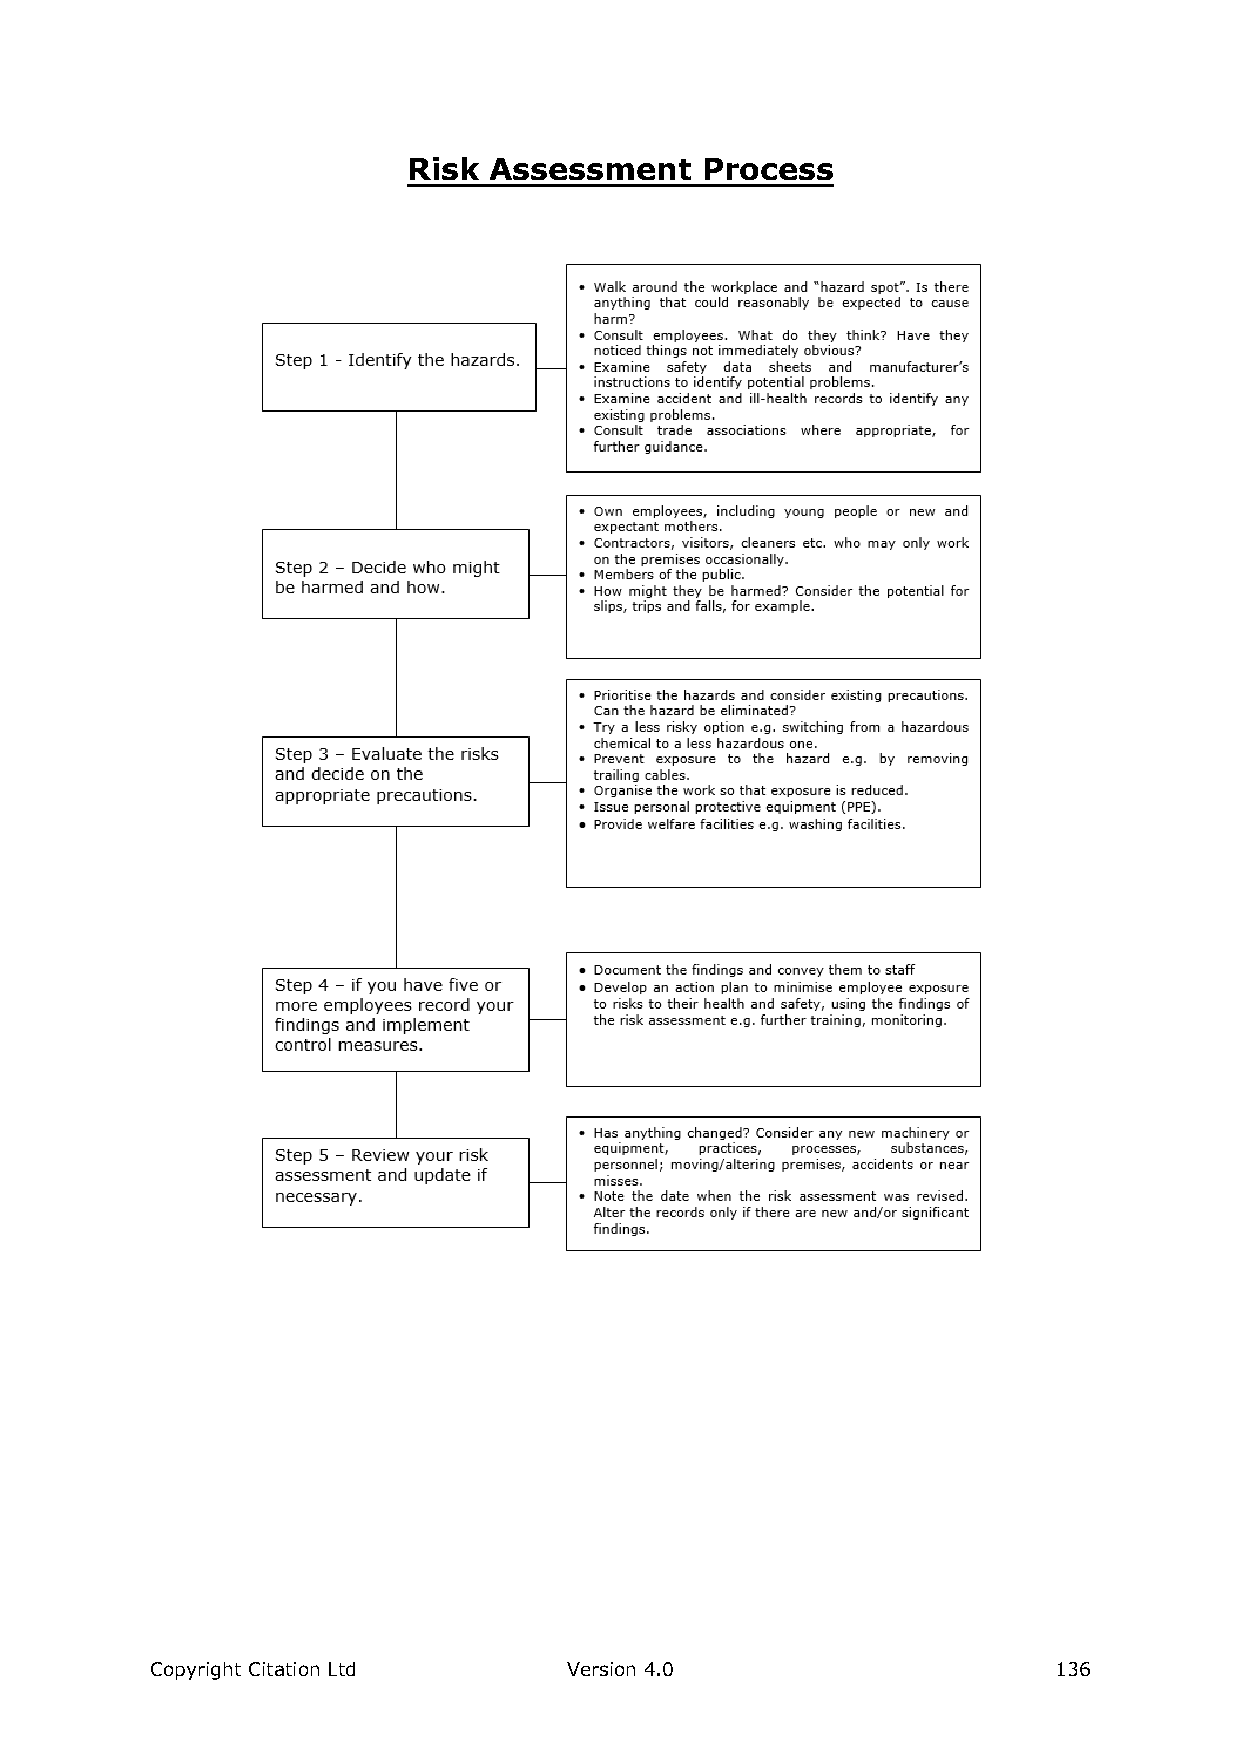
Risk Assessment    Process
 Copyright Citation Ltd      Version 4.0                     136